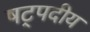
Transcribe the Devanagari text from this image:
षट्पदीय